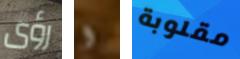
رؤى و مقلوبة